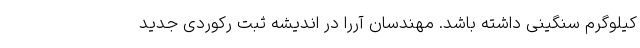
کیلوگرم سنگینی داشته باشد. مهندسان آررا در اندیشه ثبت رکوردی جدید